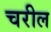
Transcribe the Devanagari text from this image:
चरील